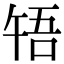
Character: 啎